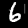
Digit: 6